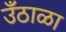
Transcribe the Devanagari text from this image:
उँठाळा